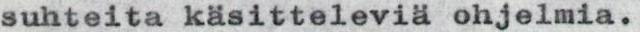
suhteita käsitteleviä ohjelmia.